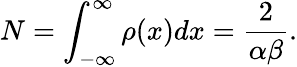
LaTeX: N=\int_{-\infty}^{\infty}\rho(x)dx=\frac{2}{\alpha\beta}.